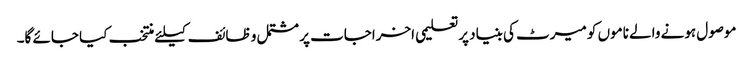
موصول ہونے والے ناموں کو میرٹ کی بنیاد پرتعلیمی اخراجات پر مشتمل و ظائف کیلئے منتخب کیا جائے گا۔